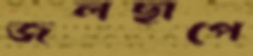
জলছাপে